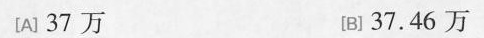
[A] 37万 [B] 37.46万